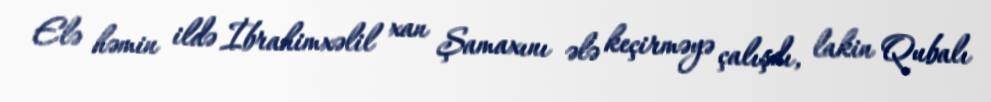
Elə həmin ildə İbrahimxəlil xan Şamaxını ələ keçirməyə çalışdı, lakin Qubalı